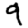
Digit: 9